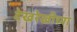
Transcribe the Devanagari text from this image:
देखरेखीच्या